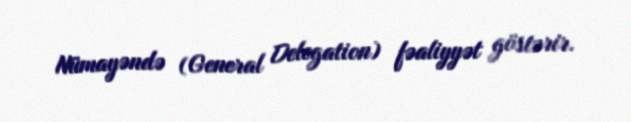
Nümayəndə (General Delegation) fəaliyyət göstərir.